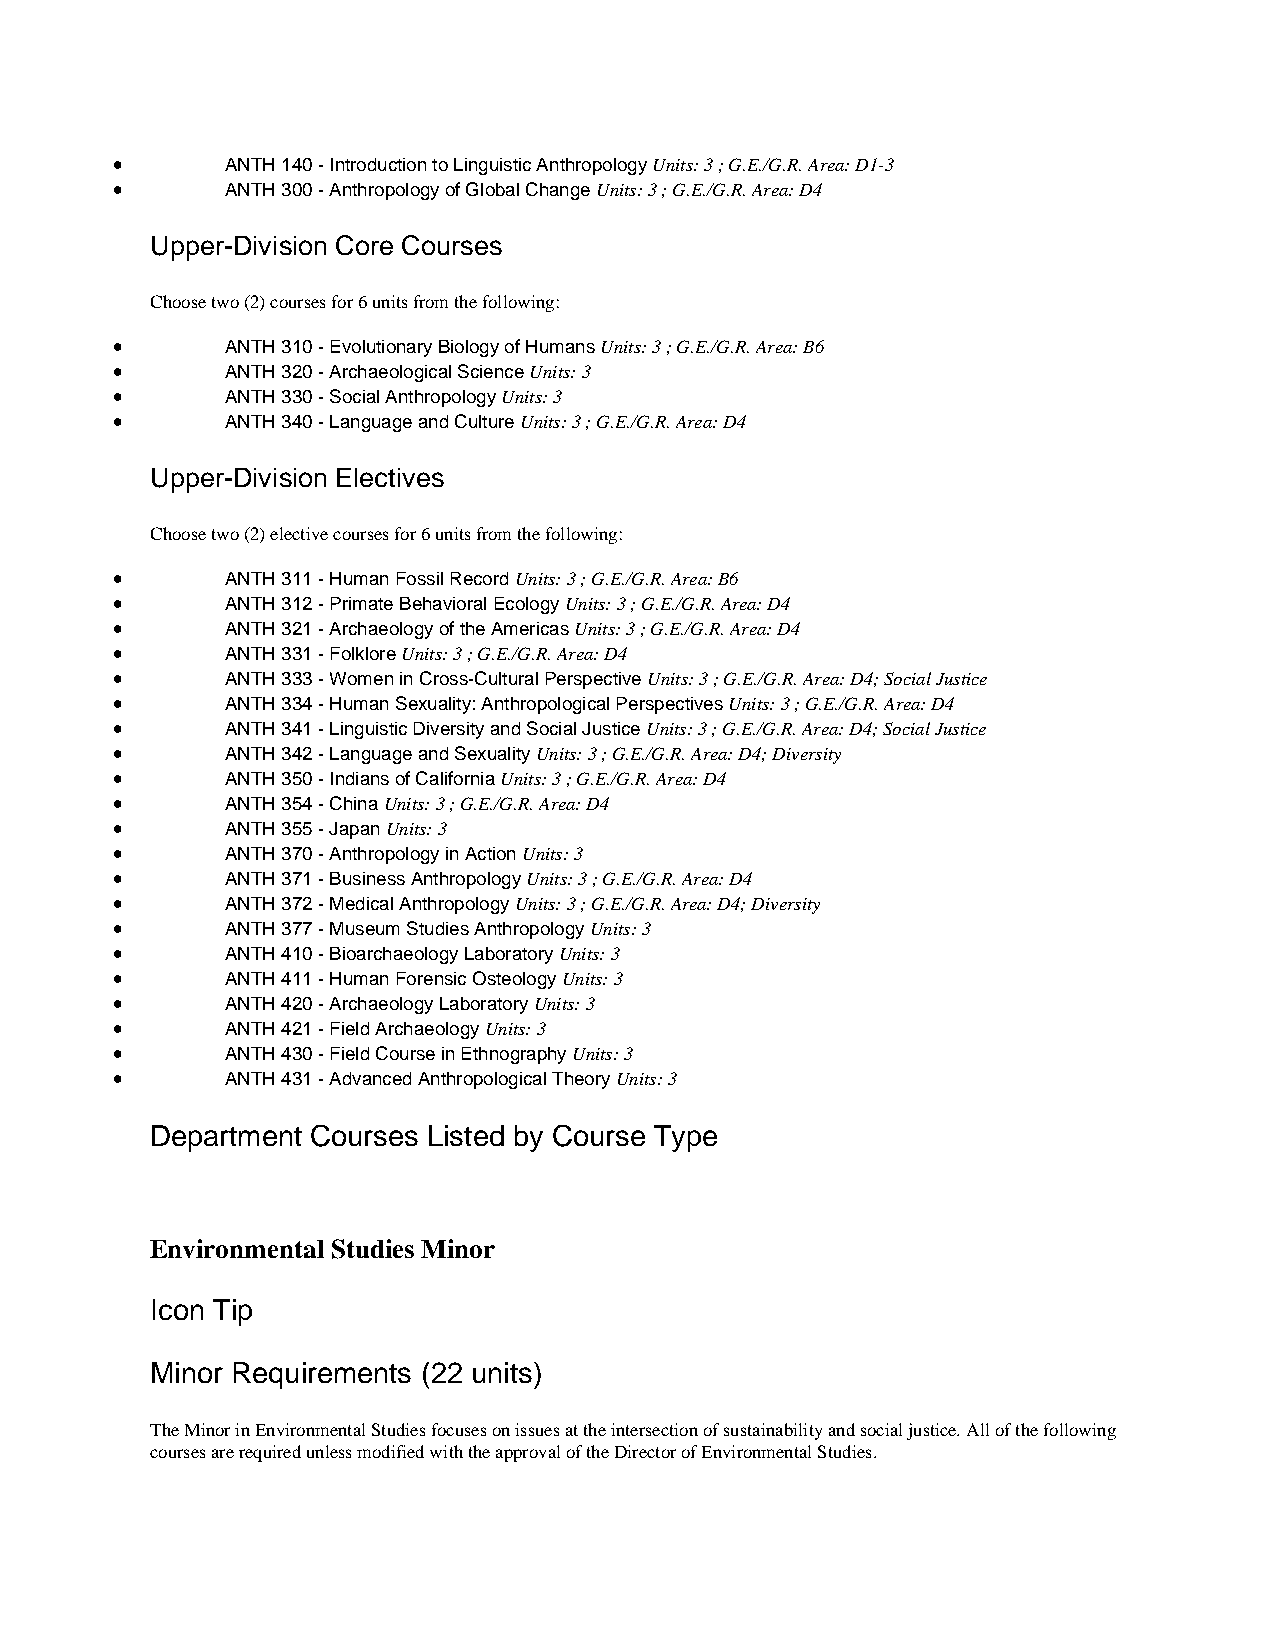
•       ANTH 140 - Introduction to Linguistic Anthropology Units: 3 ; G.E./G.R. Area: D1-3
 •       ANTH 300 - Anthropology of Global Change Units: 3 ; G.E./G.R. Area: D4
 Upper-Division Core Courses
 Choose two (2) courses for 6 units from the following:
 •       ANTH 310 - Evolutionary Biology of Humans Units: 3 ; G.E./G.R. Area: B6
 •       ANTH 320 - Archaeological Science Units: 3
 •       ANTH 330 - Social Anthropology Units: 3
 •       ANTH 340 - Language and Culture Units: 3 ; G.E./G.R. Area: D4
 Upper-Division Electives
 Choose two (2) elective courses for 6 units from the following:
 •       ANTH 311 - Human Fossil Record Units: 3 ; G.E./G.R. Area: B6
 •       ANTH 312 - Primate Behavioral Ecology Units: 3 ; G.E./G.R. Area: D4
 •       ANTH 321 - Archaeology of the Americas Units: 3 ; G.E./G.R. Area: D4
 •       ANTH 331 - Folklore Units: 3 ; G.E./G.R. Area: D4
 •       ANTH 333 - Women in Cross-Cultural Perspective Units: 3 ; G.E./G.R. Area: D4; Social Justice
 •       ANTH 334 - Human Sexuality: Anthropological Perspectives Units: 3 ; G.E./G.R. Area: D4
 •       ANTH 341 - Linguistic Diversity and Social Justice Units: 3 ; G.E./G.R. Area: D4; Social Justice
 •       ANTH 342 - Language and Sexuality Units: 3 ; G.E./G.R. Area: D4; Diversity
 •       ANTH 350 - Indians of California Units: 3 ; G.E./G.R. Area: D4
 •       ANTH 354 - China Units: 3 ; G.E./G.R. Area: D4
 •       ANTH 355 - Japan Units: 3
 •       ANTH 370 - Anthropology in Action Units: 3
 •       ANTH 371 - Business Anthropology Units: 3 ; G.E./G.R. Area: D4
 •       ANTH 372 - Medical Anthropology Units: 3 ; G.E./G.R. Area: D4; Diversity
 •       ANTH 377 - Museum Studies Anthropology Units: 3
 •       ANTH 410 - Bioarchaeology Laboratory Units: 3
 •       ANTH 411 - Human Forensic Osteology Units: 3
 •       ANTH 420 - Archaeology Laboratory Units: 3
 •       ANTH 421 - Field Archaeology Units: 3
 •       ANTH 430 - Field Course in Ethnography Units: 3
 •       ANTH 431 - Advanced Anthropological Theory Units: 3
 Department Courses Listed by Course Type
 Environmental Studies Minor
 Icon Tip
 Minor Requirements (22 units)
 The Minor in Environmental Studies focuses on issues at the intersection of sustainability and social justice. All of the following
 courses are required unless modified with the approval of the Director of Environmental Studies.